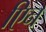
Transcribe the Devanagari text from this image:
एिन